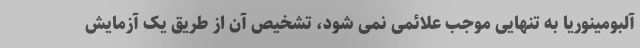
آلبومینوریا به تنهایی موجب علائمی نمی شود، تشخیص آن از طریق یک آزمایش